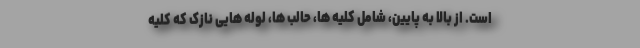
است. از بالا به پایین، شامل کلیه ها، حالب ها، لوله هایی نازک که کلیه